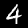
Digit: 4